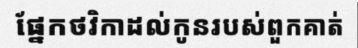
ផ្នែកថវិកាដល់កូនរបស់ពួកគាត់